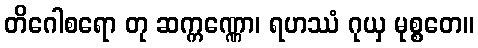
တိဂေါစရော တု ဆက္ကဏ္ဏော၊ ရဟဿံ ဂုယှ မုစ္စတေ။